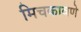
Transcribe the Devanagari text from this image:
मिचकावणे